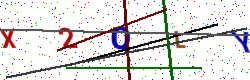
Text: X2QLY